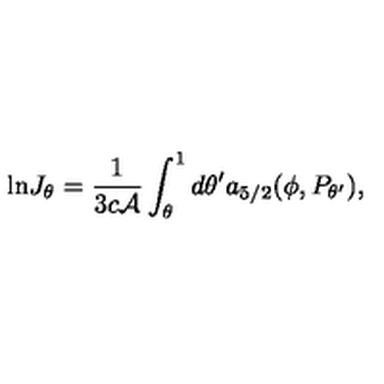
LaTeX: { \ln } J _ { \theta } = { \frac { 1 } { 3 c { \cal A } } } \int _ { \theta } ^ { 1 } d \theta ^ { \prime } a _ { 5 / 2 } ( \phi , P _ { \theta ^ { \prime } } ) ,